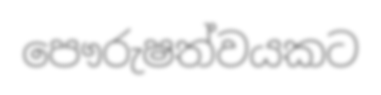
පෞරුෂත්වයකට